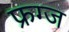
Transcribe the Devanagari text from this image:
फ्रग्ज